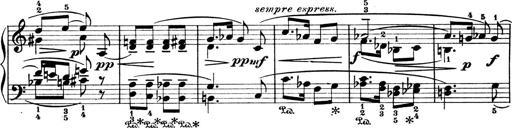
Title: 4 Sonatines
Composer: Max Reger